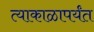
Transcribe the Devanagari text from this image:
त्याकाळापर्यंत